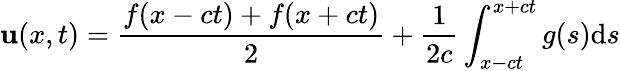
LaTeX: \mathbf{u}(x,t)={\frac{{f(x-ct)+f(x+ct)}}{{2}}}+{\frac{{1}}{{2c}}}\int_{x-ct}^{x+ct}g(s)\mathrm{{d}}s